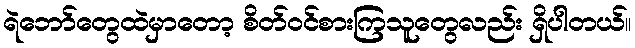
ရဲဘော်တွေထဲမှာတော့ စိတ်ဝင်စားကြသူတွေလည်း ရှိပါတယ်။